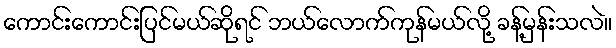
ကောင်းကောင်းပြင်မယ်ဆိုရင် ဘယ်လောက်ကုန်မယ်လို့ ခန့်မှန်းသလဲ။